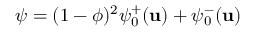
\psi = ( 1 - \phi ) ^ { 2 } \psi _ { 0 } ^ { + } ( \mathbf { u } ) + \psi _ { 0 } ^ { - } ( \mathbf { u } )